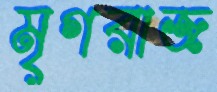
মৃগরাজ